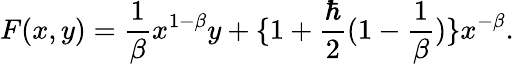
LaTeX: F(x,y)=\frac{1}{\beta}x^{1-\beta}y+\{ 1+\frac{\hbar}{2}(1-\frac{1}{\beta})\} x^{-\beta}.